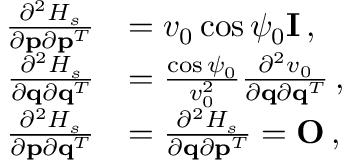
\begin{array} { r l } { \frac { \partial ^ { 2 } { \cal H } _ { s } } { \partial { \bf p } \partial { \bf p } ^ { T } } } & { = v _ { 0 } \cos \psi _ { 0 } { \bf I } \, , } \\ { \frac { \partial ^ { 2 } { \cal H } _ { s } } { \partial { \bf q } \partial { \bf q } ^ { T } } } & { = \frac { \cos \psi _ { 0 } } { v _ { 0 } ^ { 2 } } \frac { \partial ^ { 2 } v _ { 0 } } { \partial { \bf q } \partial { \bf q } ^ { T } } \, , } \\ { \frac { \partial ^ { 2 } { \cal H } _ { s } } { \partial { \bf p } \partial { \bf q } ^ { T } } } & { = \frac { \partial ^ { 2 } { \cal H } _ { s } } { \partial { \bf q } \partial { \bf p } ^ { T } } = { \bf O } \, , } \end{array}